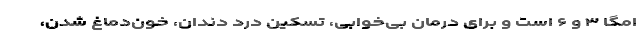
امگا ۳ و ۶ است و برای درمان بی‌خوابی، تسکین درد دندان، خون‌دماغ شدن،